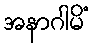
အနာဂါမိံ